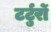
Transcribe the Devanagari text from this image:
टर्टुर्रो